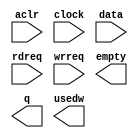
module exp_3x3_kernal_fifo (
	aclr,
	clock,
	data,
	rdreq,
	wrreq,
	empty,
	q,
	usedw);

	input	  aclr;
	input	  clock;
	input	[63:0]  data;
	input	  rdreq;
	input	  wrreq;
	output	  empty;
	output	[63:0]  q;
	output	[7:0]  usedw;

endmodule